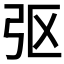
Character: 𫸩